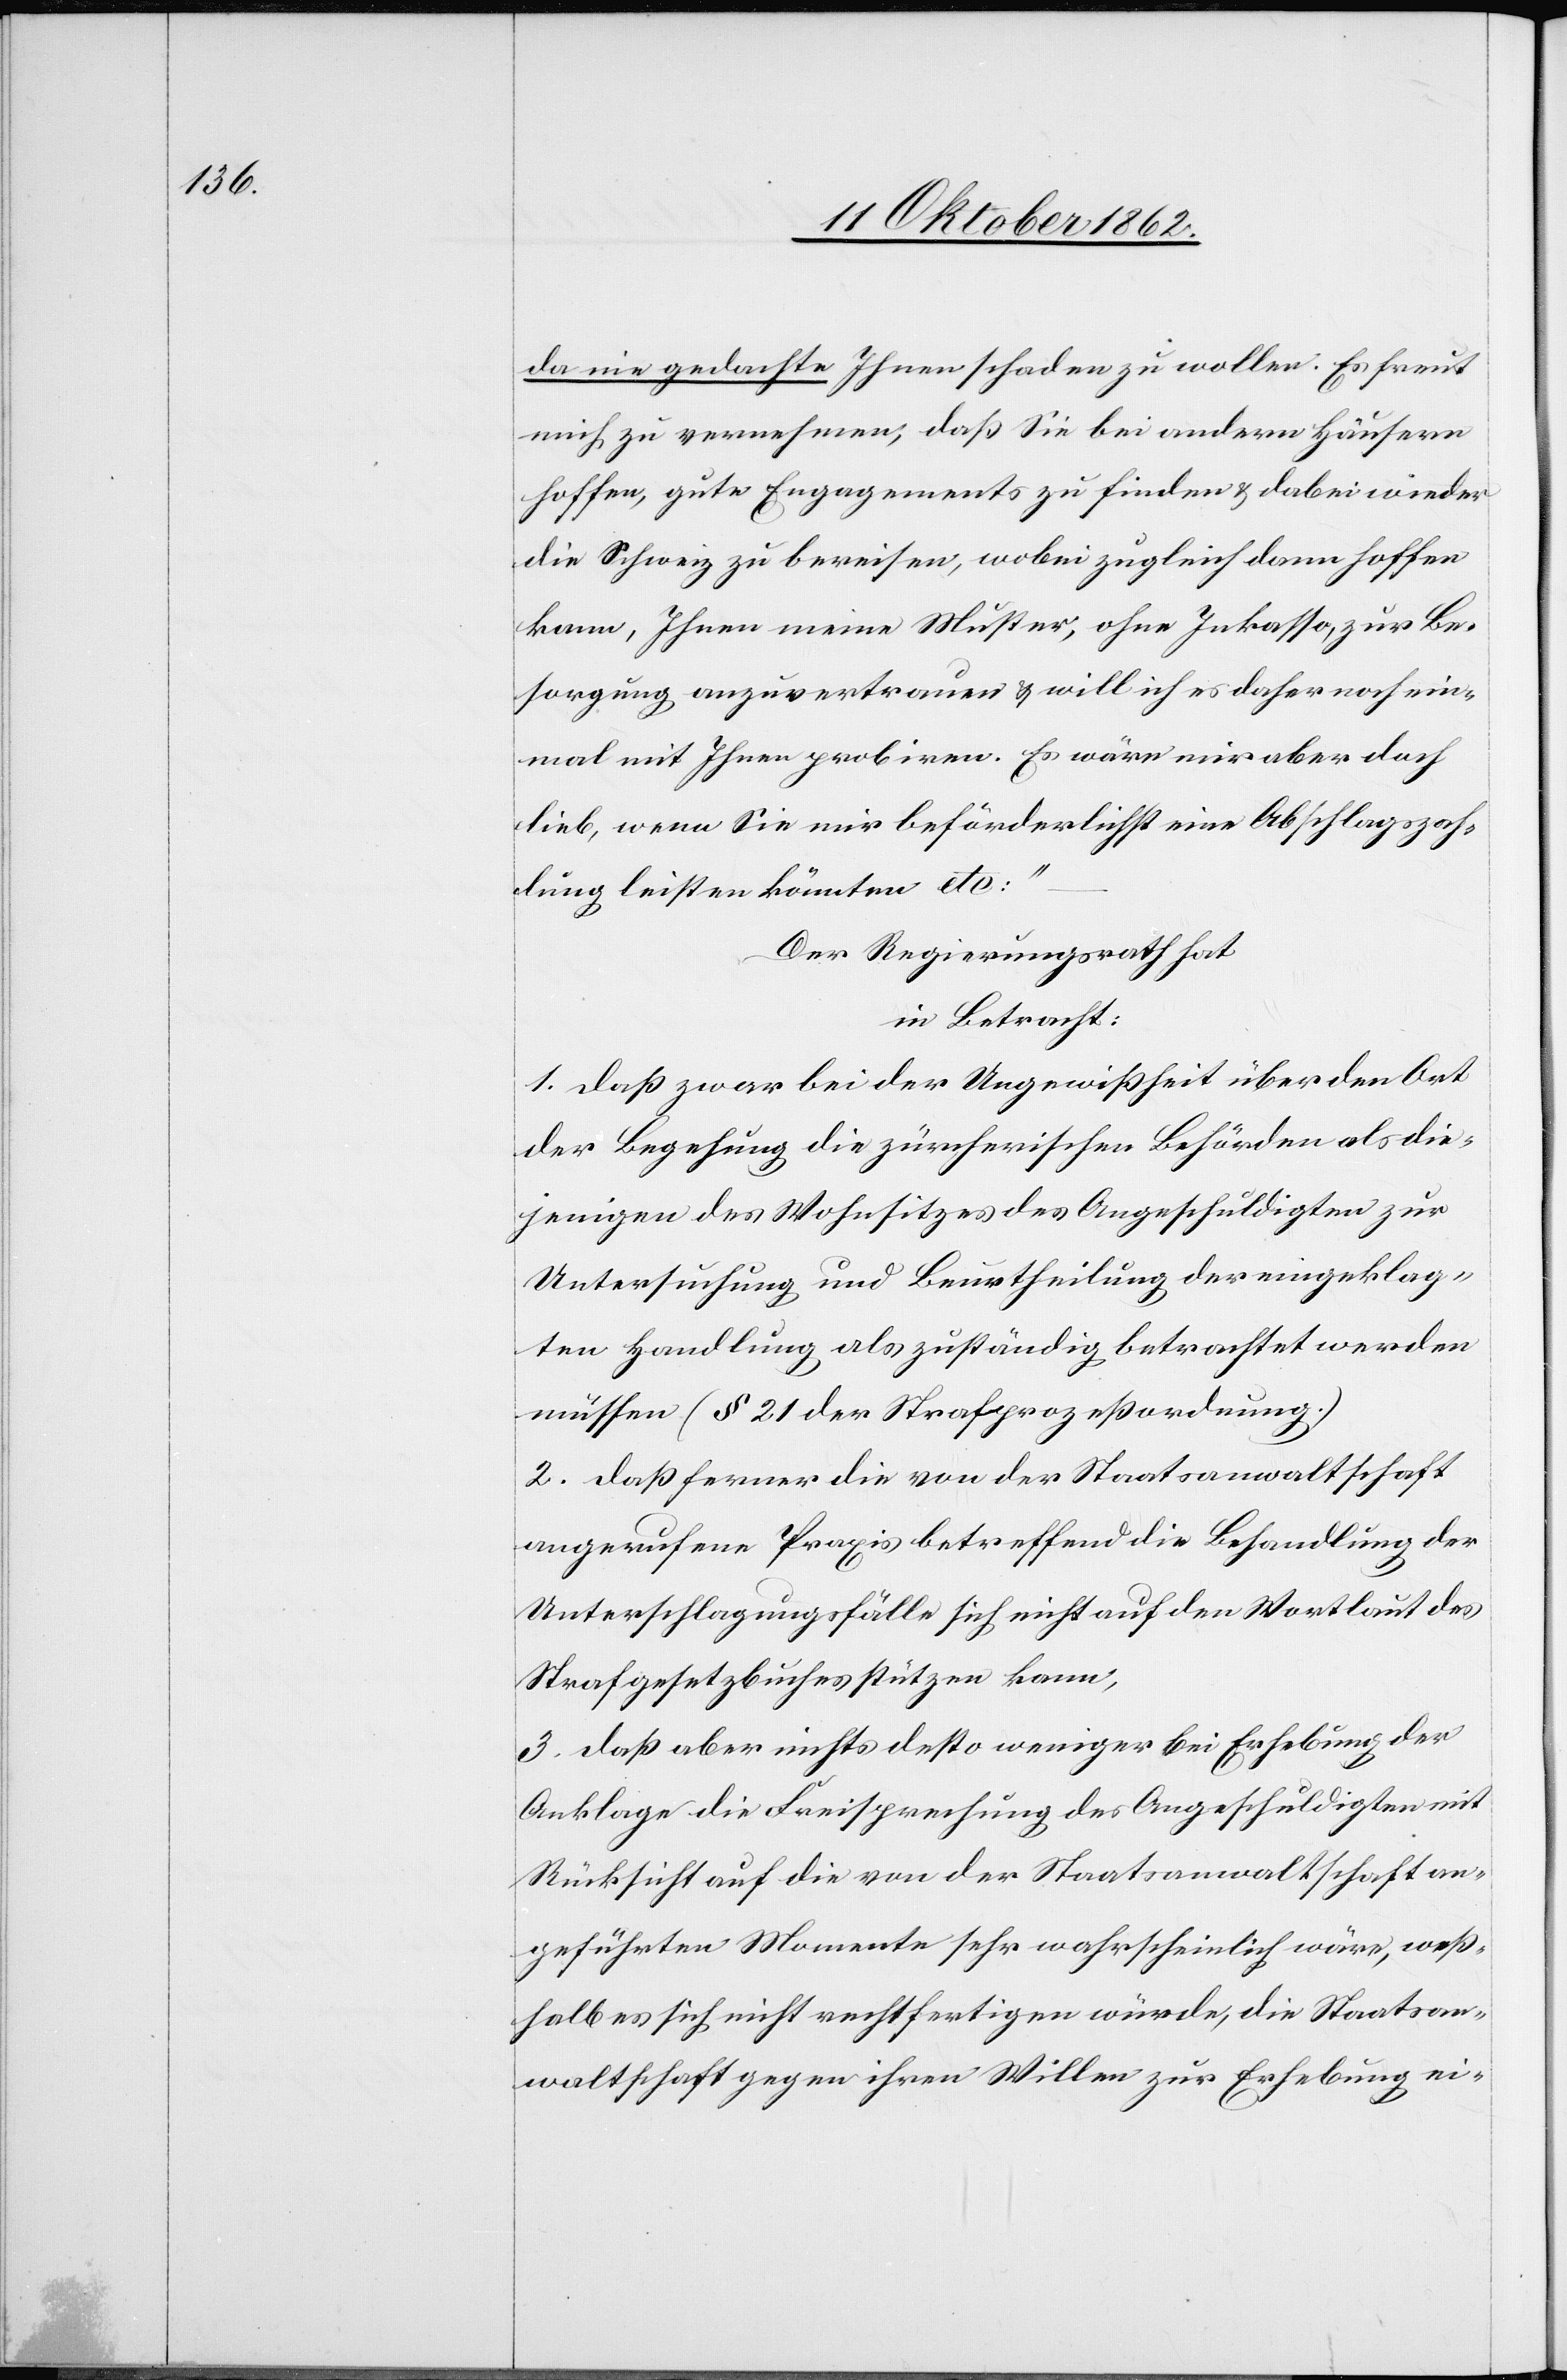
da nie gedachte Ihnen schaden zu wollen. Es freut
mich zu vernehmen, daß Sie bei andern Häusern
hoffen, gute Engagements zu finden u. dabei wieder
die Schweiz zu bereisen, wobei zugleich dann hoffen
kann, Ihnen meine Muster, ohne Inkasso, zur Be¬
sorgung anzuvertrauen u. will ich es daher noch ein¬
mal mit Ihnen probiren. Es wäre mir aber doch
lieb, wenn Sie mir beförderlichst eine Abschlagszah¬
lung leisten könnte etc:“ –
Der Regierungsrath hat
in Betracht:
1. Daß zwar bei der Ungewißheit über den Ort
der Begehung die zürcherischen Behörden als die¬
jenigen des Wohnsitzes des Angeschuldigten zur
Untersuchung und Beurtheilung der eingeklag¬
ten Handlung als zuständig betrachtet werden
müssen (§ 21 der Strafprozeßordnung.)
2. Daß ferner die von der Staatsanwaltschaft
angerufene Praxis betreffend die Behandlung der
Unterschlagungsfälle sich nicht auf den Wortlaut des
Strafgesetzbuches stützen kann.
3. Daß aber nichts desto weniger bei Erhebung der
Anklage die Freisprechung des Angeschuldigten mit
Rücksicht auf die von der Staatsanwaltschaft an¬
geführten Momente sehr wahrscheinlich wäre, weß¬
halb es sich nicht rechtfertigen würde, die Staatsan¬
waltschaft gegen ihren Willen zur Erhebung ei-